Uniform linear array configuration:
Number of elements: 48
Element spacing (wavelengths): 0.25
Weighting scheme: blackman
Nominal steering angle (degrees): -60
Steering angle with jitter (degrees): -61.319
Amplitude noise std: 0.05
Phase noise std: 0.05

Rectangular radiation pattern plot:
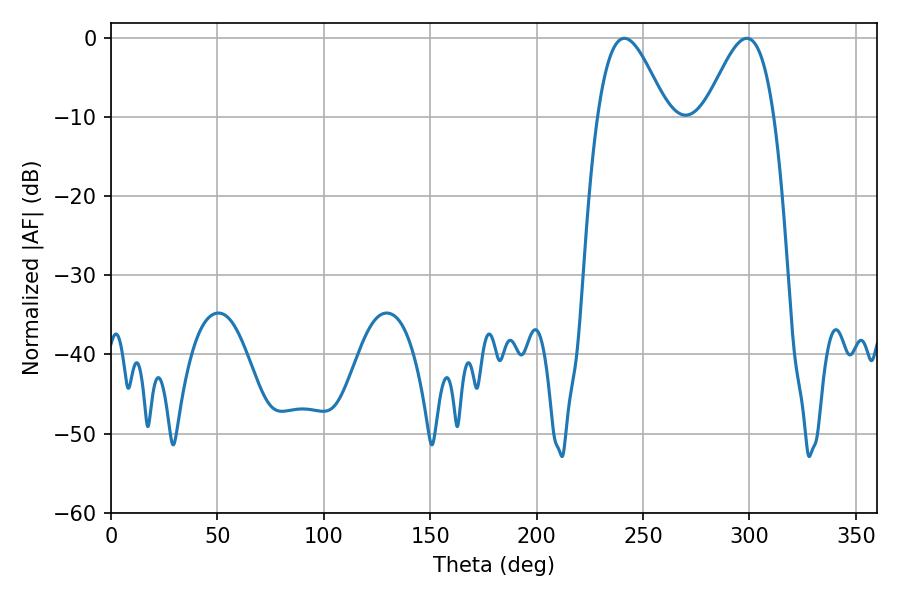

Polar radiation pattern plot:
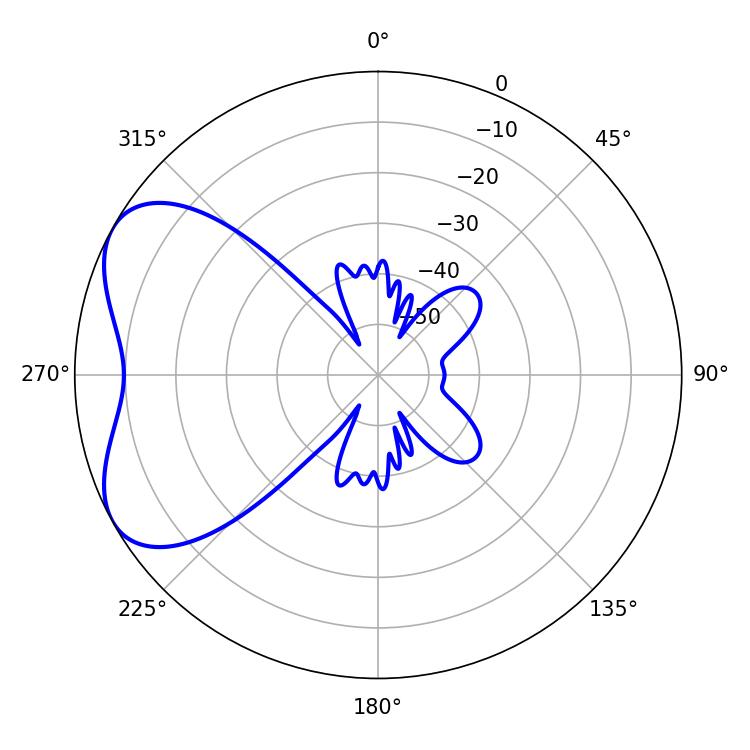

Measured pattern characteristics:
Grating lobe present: FALSE
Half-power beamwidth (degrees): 17.28
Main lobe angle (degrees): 241.2